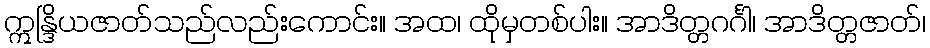
ဣန္ဒြိယဇာတ်သည်လည်းကောင်း။ အထ၊ ထိုမှတစ်ပါး။ အာဒိတ္တဂင်္ဂါ၊ အာဒိတ္တဇာတ်၊